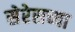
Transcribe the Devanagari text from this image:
सेरेसच्या